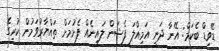
ޑޭވިޑް ބެކަމް: އޭނާ ދަނީ އަމިއްލަ ފެޝަން ލައިނެއް ފެށުމަށް ތައްޔާރުވަމުން ކުރީގެ